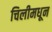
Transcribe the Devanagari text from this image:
चिलीमधून